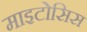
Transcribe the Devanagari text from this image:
माइटोसिस